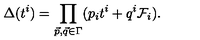
\Delta ( t ^ { i } ) = \prod _ { \vec { p } , \vec { q } \in \Gamma } ( p _ { i } t ^ { i } + q ^ { i } \mathcal { F } _ { i } ) .